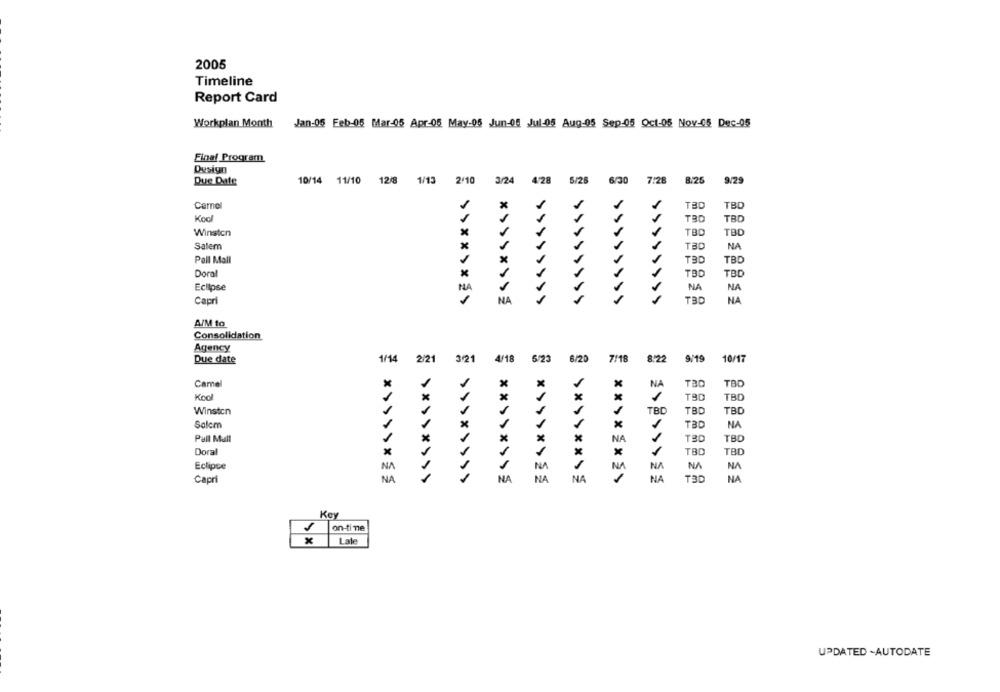
2005
Timeline
Report Card
Workplan Month
Jan-05 Feb-05 Mar-05 Apr-05 May-05 Jun-04 Jul-05 Aug-05 Sep-05 Oct-05 Nov-05 Dec-05
Final Program
Design
6/30 7:28
8.25
9/29
Due Date
10/14 11/10 12/8 1/13 2/10 3/24 4/28 6/28
Camel
TBD
TBD
Kool
1
TBD
TBD
Winston
x
TBD
TBD
Salem
TBD
NA
Pall Mall
x
TBD
TBD
1
Doral
TBD
TBD
Eclipse
NA
NA
Capri
NA
SSSSSSSS
TBD
NA
AIM to
Consolidation
Agency
Due date
1/14 2/21
3/21
4/18 5/23
6/20
7/1
8.22
9/19
10/17
Came
x
x
NA
TBD
TBD
1
Kool
×
1
TBD
Winston
TBD
TBD
TBD
1
Salcm
1
x
1
1
TBD
NA
Pall Mall
NA
1
TBD
TBD
1
Doral
TBD
TBD
Eclipse
NA
N
NA
NA
NA
1
NA
1
NA
T3D
Capri
NA
NA
NA
> > > >> ==
NA
Key
on-time
x
Lale
UPDATED -AUTODATE